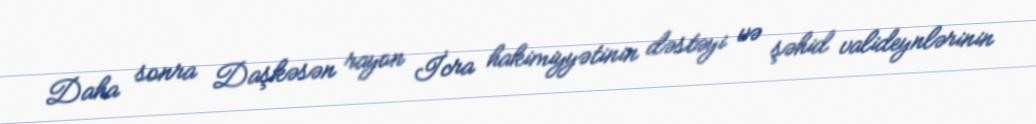
Daha sonra Daşkəsən rayon İcra hakimiyyətinin dəstəyi və şəhid valideynlərinin